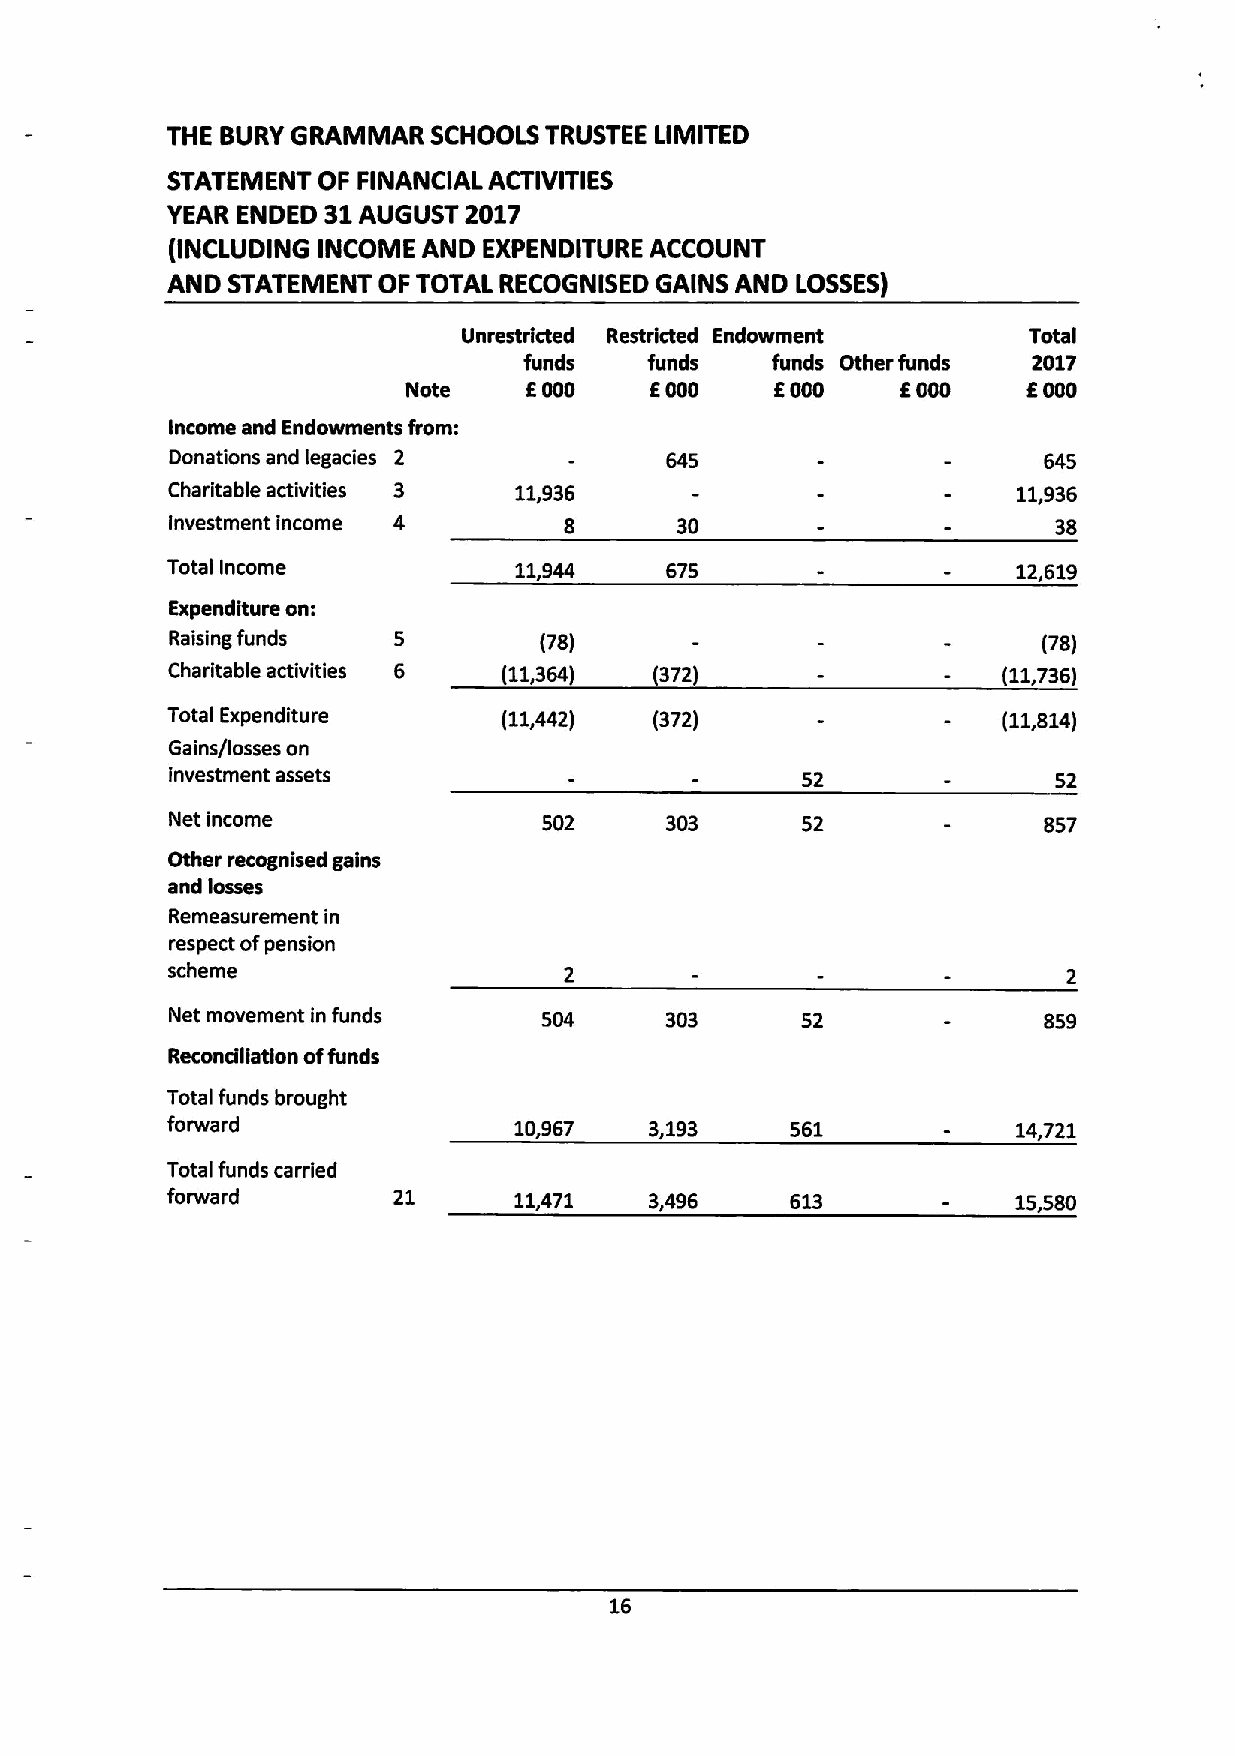
THE BURYGRAMMAR  SCHOOLS TRUSTEE LIMITED
 STATEMENT OF FINANCIAL ACTIVITIES
 YEAR ENDED S1AUGUST 2017
 0NCLUDING INCOME AND EXPENDITURE ACCOUNT
 AND STATEMENT OF TOTAL RECOGNISED GAINS AND LOSSES)
 Unrestricted Restricted Endowment    Total
 funds   funds   funds Other funds 2017
 Note    E000    E000    E000    E000     E000
 Income and Endowments from:
 Donations and legacies 2         645                      645
 Charitable activities 3 11,936                          11,936
 Investment income 4       8       30                       38
 Total Income           11,944    675                    12,619
 Expenditure on:
 Raising funds  5         (78)                             (78)
 Charitable activities 6 (11,364) (372)                 (11,736)
 Total Expenditure     (11,442)  (372)                  (11,814)
 Gains/losses on
 investment assets                         52               52
 Net income               502     303      52              857
 Other recognised gains
 and losses
 Remeasurement in
 respect ofpension
 scheme
 Net movement in funds    504     303      52              859
 Reconciliation offunds
 Total funds brought
 forward                10,967   3,193    561            14,721
 Total funds carried
 forward        21      11,471   3,496    613            15,580
 16